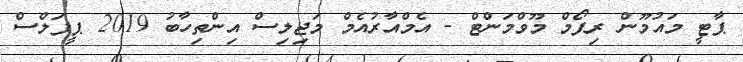
ޕާޓީ މައުމޫން ރިފޯމް މޫވްމަންޓް - އެމްއާރުއެމް މަޖިލިސް އިންތިހާބު 2019 ޕީޕަލްސް